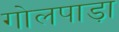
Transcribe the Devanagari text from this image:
गोलपाड़ा